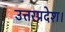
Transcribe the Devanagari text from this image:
उत्तरप्रदेश।